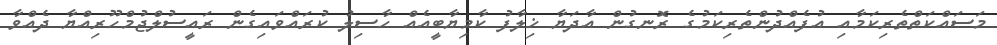
މަސައްކަތްތެރިކަމާއި އުފެއްދުންތެރިކަމުގެ ރޮނގުން އާދަޔާ ޚިލާފު ކާމިޔާބީއެއް ހާސިލު ކުރައްވައިގެން ރައީސުލްޖުމްހޫރިއްޔާ ދެއްވާ